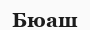
Бюаш